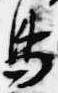
鳥